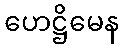
ဟေဋ္ဌိမေန